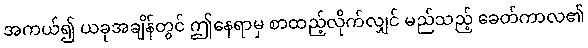
အကယ်၍ ယခုအချိန်တွင် ဤနေရာမှ စာထည့်လိုက်လျှင် မည်သည့် ခေတ်ကာလ၏